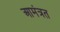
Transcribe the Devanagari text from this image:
आमंत्रत